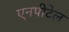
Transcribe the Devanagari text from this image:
एनपीटेल